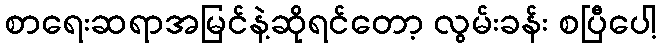
စာရေးဆရာအမြင်နဲ့ဆိုရင်တော့ လွမ်းခန်း စပြီပေါ့